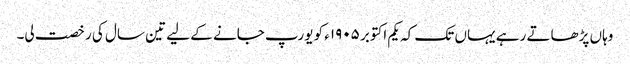
وہاں پڑھاتے رہے یہاں تک کہ یکم اکتوبر ١٩٠۵ء کو یورپ جانے کے لیے تین سال کی رخصت لی۔